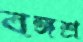
বঙ্গশ্র